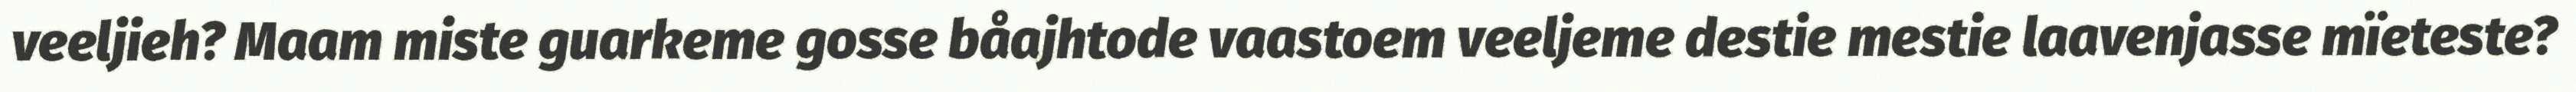
veeljieh? Maam miste guarkeme gosse båajhtode vaastoem veeljeme destie mestie laavenjasse mïeteste?